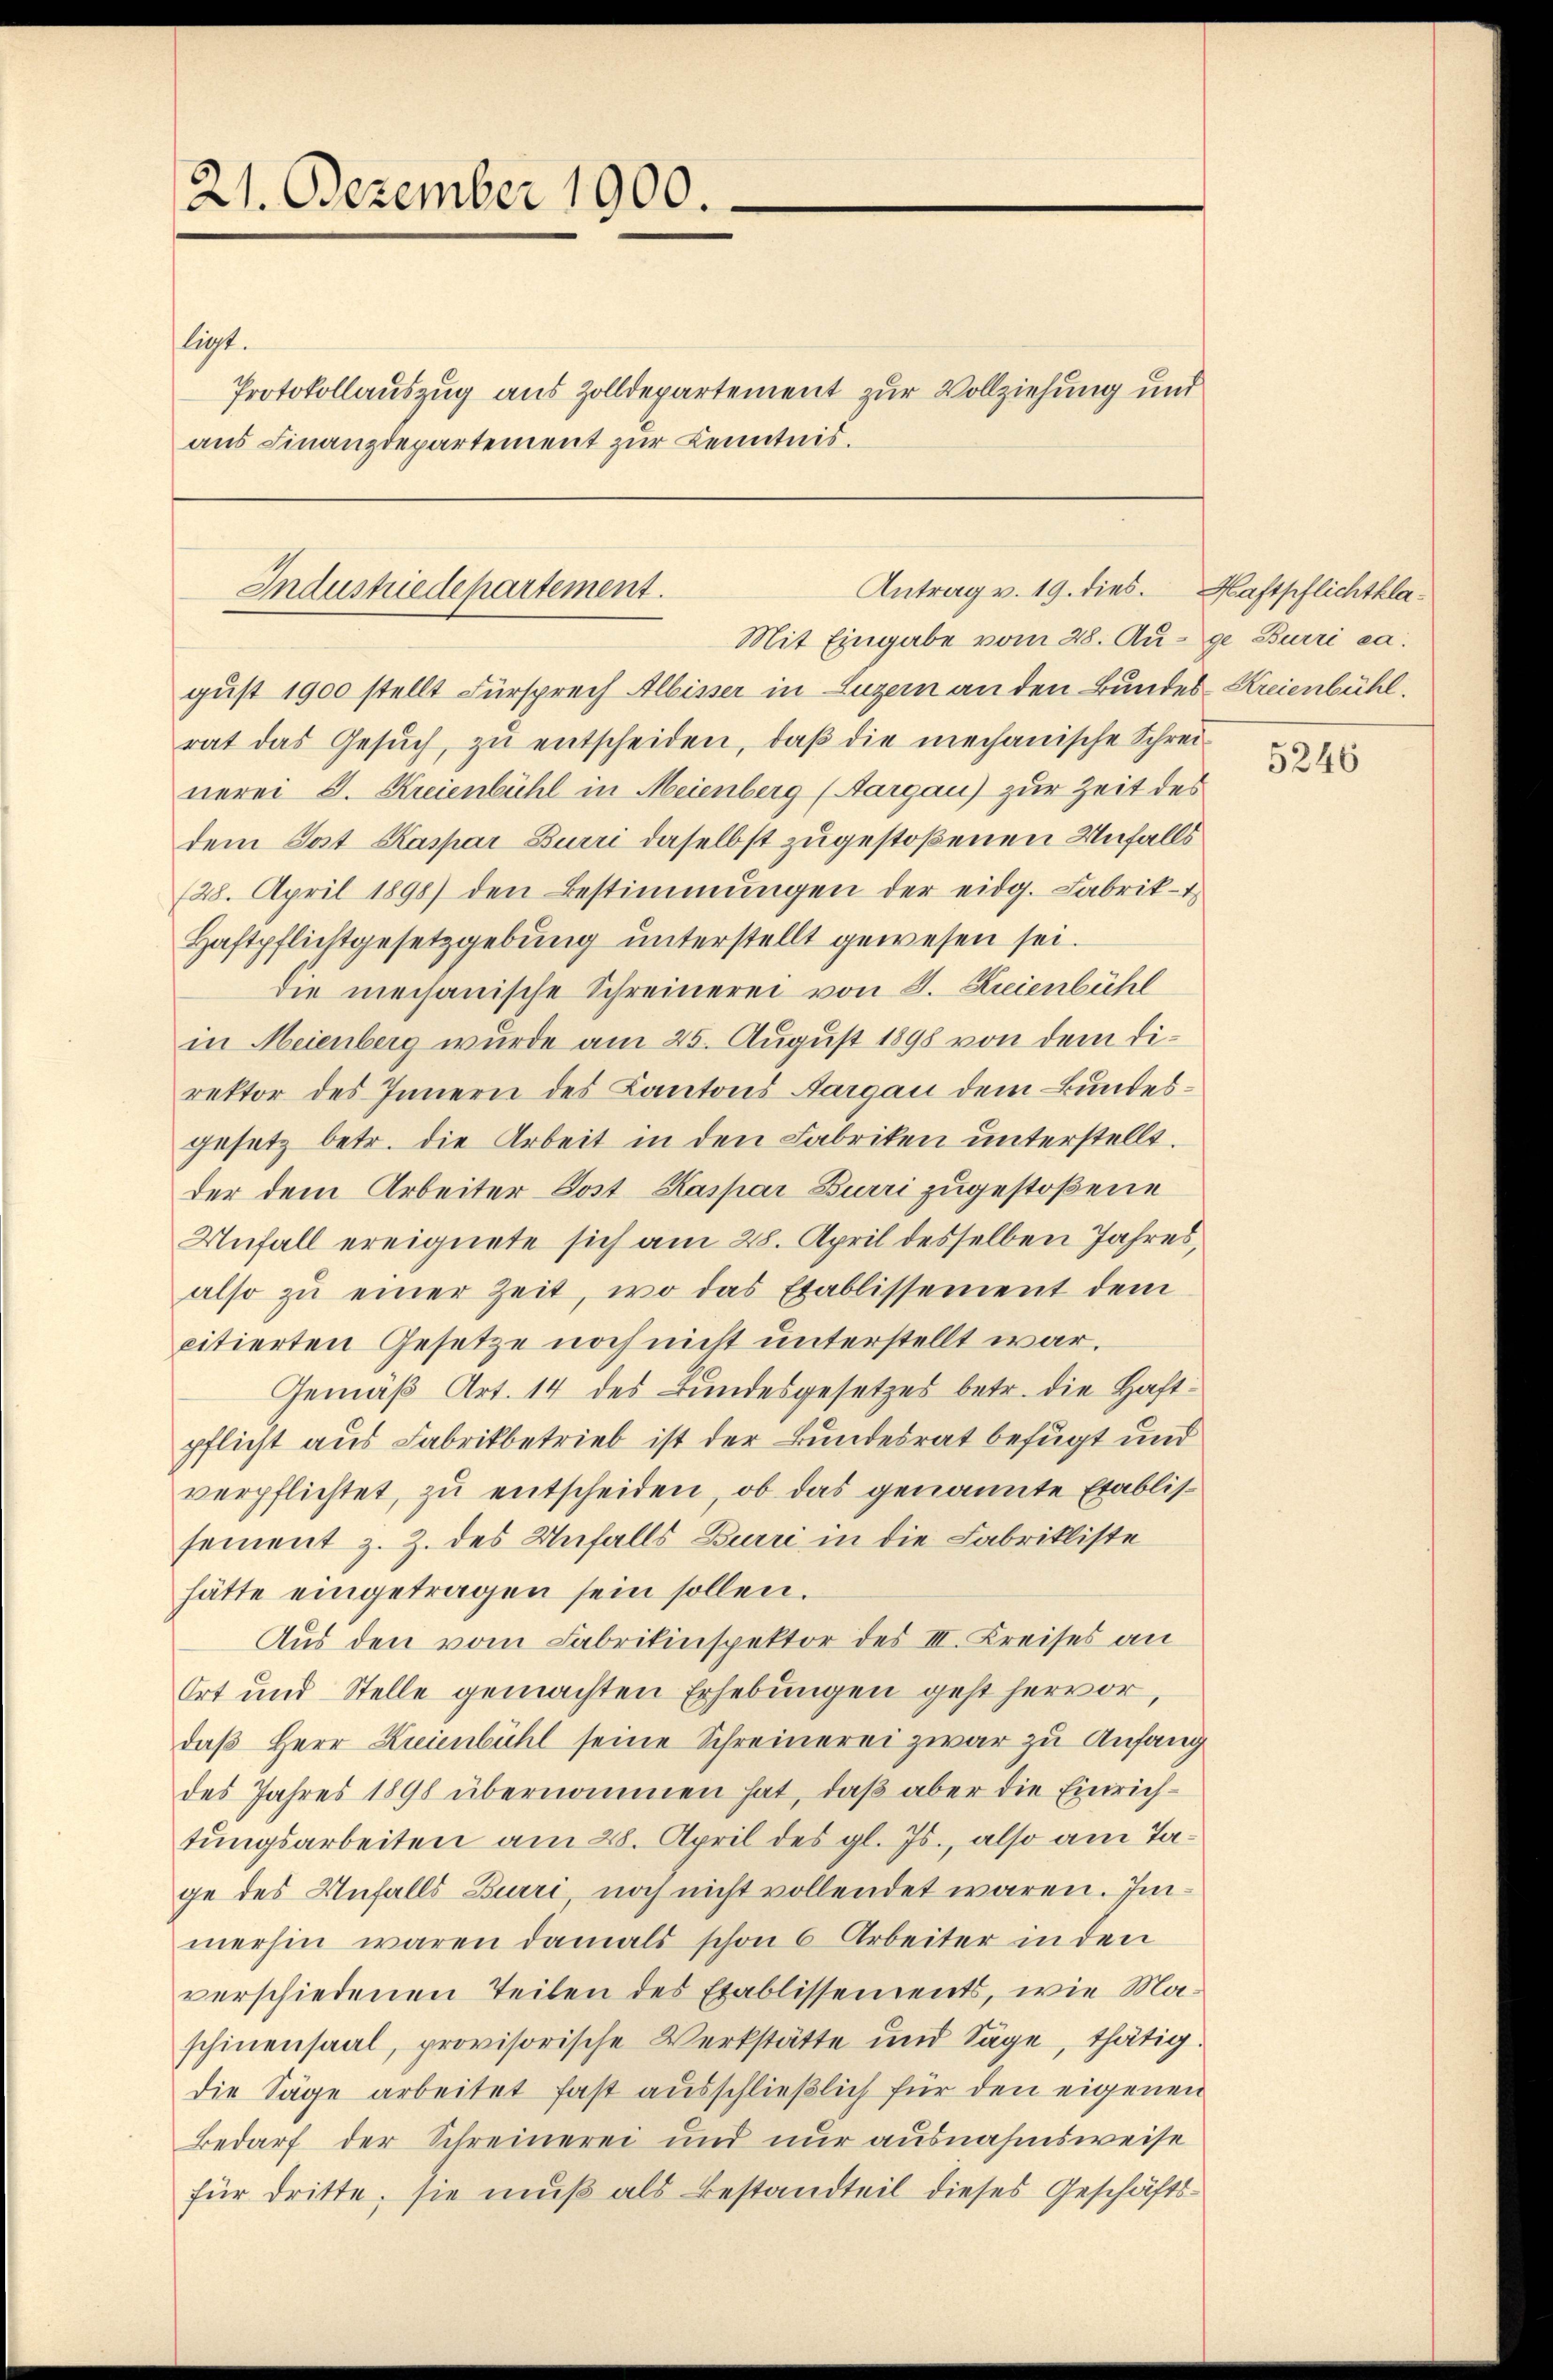
21. Dezember 1900.

ligt.
Protokollauszug aus Zolldepartement zur Vollziehung und
aus Finanzdepartement zur Kenntnis.

gust 1900 stellt Fürsprach Albisser in Luzern an den Bundes-Kreienbühl.
rat das Gesŭch, zŭ entscheiden, daβ die mechanische Schrei-
nerei J. Kreienbühl in Meienberg (Aargau) zur Zeit des
dem Post Kaspar Burri daselbst zugestoßenen Unfalls
(28. April 1898) den Bestimmungen der eidg. Fabrik-
Haftpflichtgesetzgebung unterstellt gewesen sei.
die mechanische Schreinerei von S. Kreienbühl
in Meienberg wurde am 25. August 1898 von dem Direktor des Innern des Kantons Aargau dem Bundesgesetz betr. die Arbeit in den Fabriken unterstellt.
der dem Arbeiter Post Kaspar Burri zugestoßene
Unfall ereignete sich am 28. April desselben Jahres,
also zŭ einer Zeit, wo das Etablissement dem
citierten Gesetze noch nicht unterstellt war.
Gemäß Art. 14 des Bundesgesetzes betr. die Haftpflicht aus Fabrikbetrieb ist der Bundesrat befugt und
verpflichtet, zu entscheiden, ob das genannte Etablissement z. Z. des Unfalls Burri in die Fabrikliste
hätte eingetragen sein sollen.
Aus den vom Fabrikinspektor des III. Kreises an
Ort und Stelle gemachten Erhebungen gest hervor,
daß Herr Kreienbühl seine Schreinerei zwar zu Anfang
des Jahres 1898 übernommen hat, daß aber die Einrichtungsarbeiten am 28. April des gl. Js., also am Tage des Unfalls Burri noch nicht vollendet waren. Immerhin waren damals schon 6 Arbeiter in den
verschiedenen Teilen des Etablissements, wie Maschinensaal, provisorische Werkstätte und Säge, thätig.
die Säge arbeitet fast ausschließlich für den eigenen
Bedarf der Schreinerei und nur ausnahmsweise
für dritte; sie muß als Bestandteil dieses Geschäfts¬

Antrag v. 19. dies.
Industriedepartement.
Mit Eingabe vom 28. Auge Burri ca.

Haftpflichtkla¬

5246